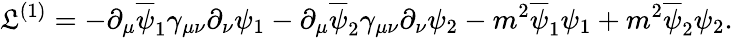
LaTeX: {\cal\mathfrak{L}}^{(1)}=-\partial_{\mu}\overline{{{\psi}}}_{1}\gamma_{\mu\nu}\partial_{\nu}\psi_{1}-\partial_{\mu}\overline{{{\psi}}}_{2}\gamma_{\mu\nu}\partial_{\nu}\psi_{2}-m^{2}\overline{{{\psi}}}_{1}\psi_{1}+m^{2}\overline{{{\psi}}}_{2}\psi_{2}.